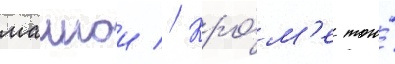
маикои // Кро́м'е того́